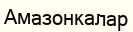
Амазонкалар